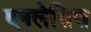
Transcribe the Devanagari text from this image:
एनलेसिस